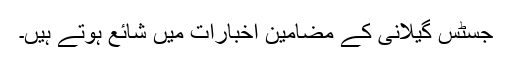
جسٹس گیلانی کے مضامین اخبارات میں شائع ہوتے ہیں۔